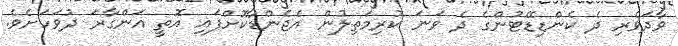
ވާދަވެރި ދެ ކެންޑިޑޭޓުންގެ ދެ ވަނަ ކުރިމަތިލުން އެޖެންޑާކޮށްފައި އޮތީ އަންގާރަ ދުވަހަށެވެ.